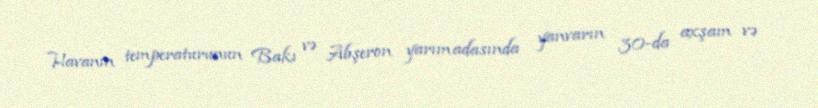
Havanın temperaturunun Bakı və Abşeron yarımadasında yanvarın 30-da axşam və